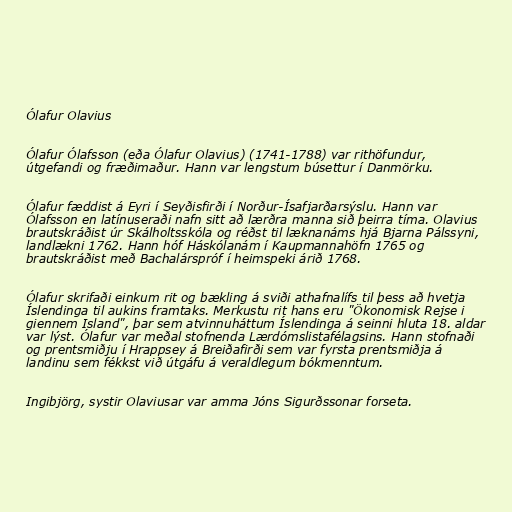
Ólafur Olavius

Ólafur Ólafsson (eða Ólafur Olavius) (1741-1788) var rithöfundur,
útgefandi og fræðimaður. Hann var lengstum búsettur í Danmörku.

Ólafur fæddist á Eyri í Seyðisfirði í Norður-Ísafjarðarsýslu. Hann var
Ólafsson en latínuseraði nafn sitt að lærðra manna sið þeirra tíma. Olavius
brautskráðist úr Skálholtsskóla og réðst til læknanáms hjá Bjarna Pálssyni,
landlækni 1762. Hann hóf Háskólanám í Kaupmannahöfn 1765 og
brautskráðist með Bachalárspróf í heimspeki árið 1768.

Ólafur skrifaði einkum rit og bækling á sviði athafnalífs til þess að hvetja
Íslendinga til aukins framtaks. Merkustu rit hans eru "Ökonomisk Rejse i
giennem Island", þar sem atvinnuháttum Íslendinga á seinni hluta 18. aldar
var lýst. Ólafur var meðal stofnenda Lærdómslistafélagsins. Hann stofnaði
og prentsmiðju í Hrappsey á Breiðafirði sem var fyrsta prentsmiðja á
landinu sem fékkst við útgáfu á veraldlegum bókmenntum.

Ingibjörg, systir Olaviusar var amma Jóns Sigurðssonar forseta.